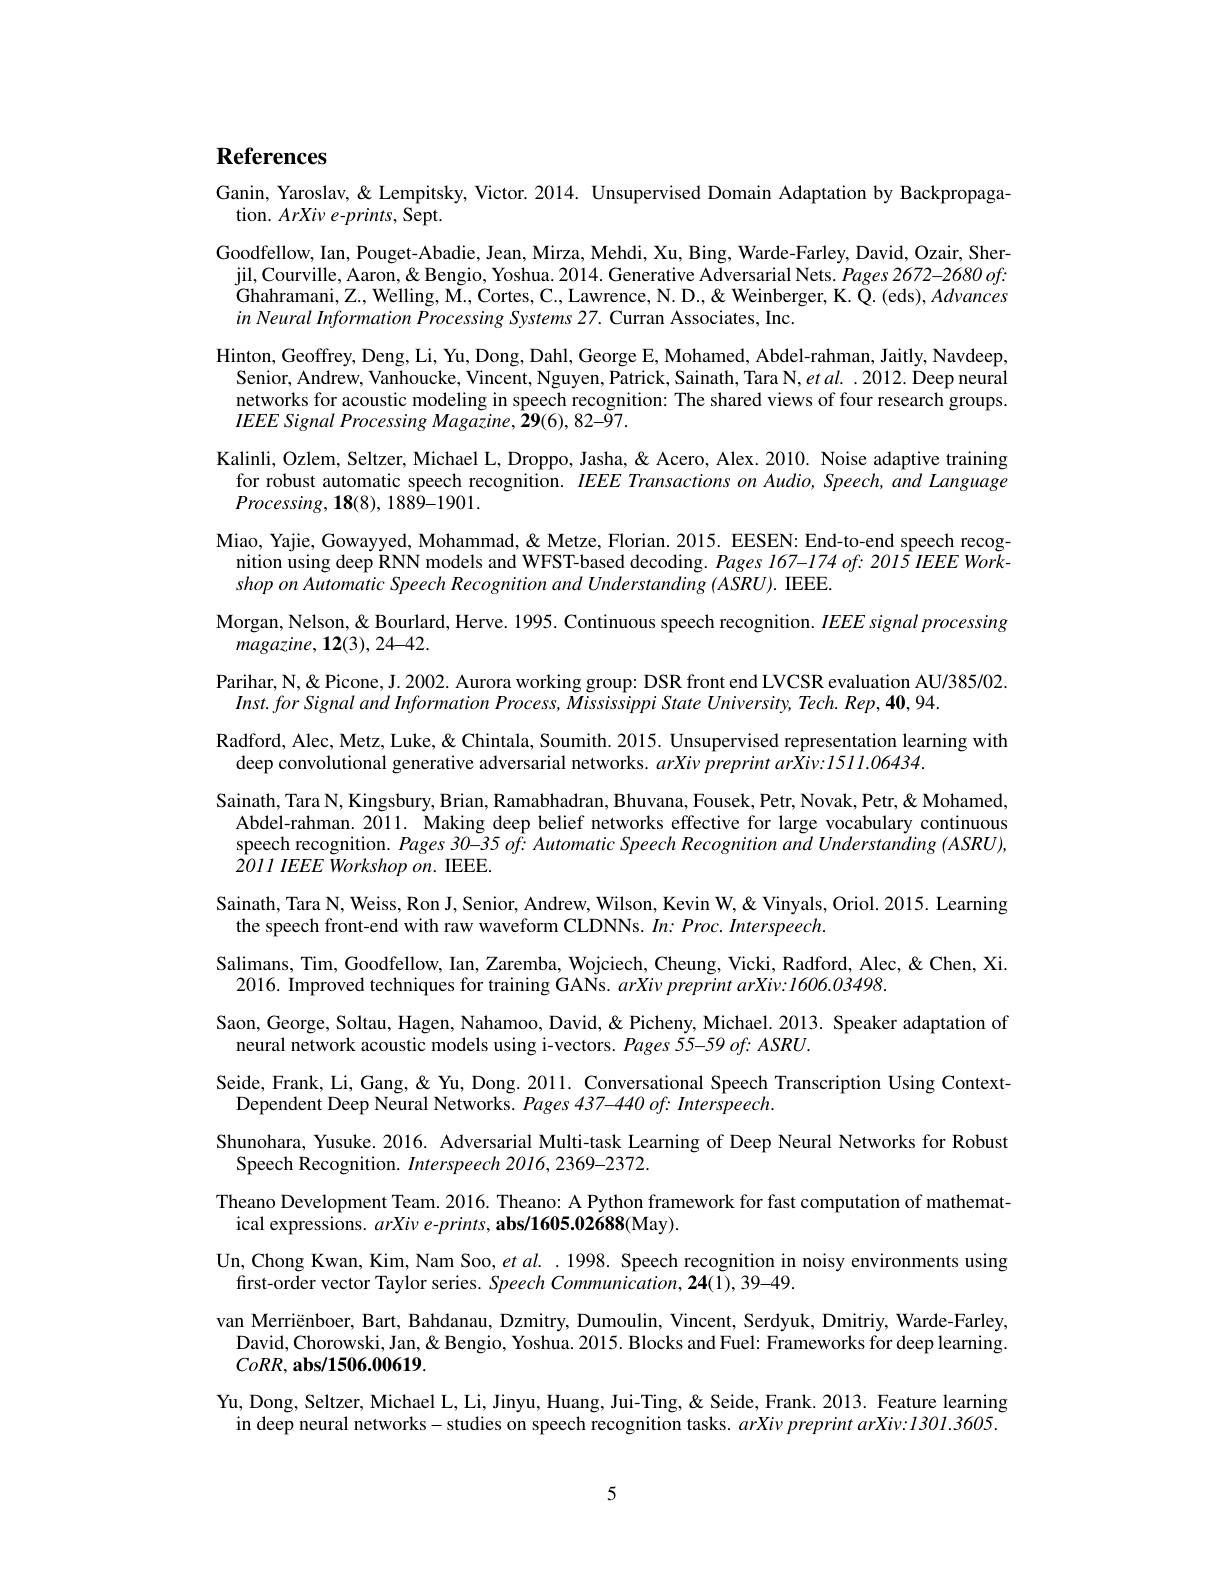
# References

Ganin, Yaroslav, & Lempitsky, Victor. 2014. Unsupervised Domain Adaptation by Backpropaga-
tion. $ArXi\nu e$-prints, Sept.
Goodfellow, Ian, Pouget-Abadie, Jean, Mirza, Mehdi, Xu, Bing, Warde-Farley, David, Ozair, Sher-
jil, Courville, Aaron, & Bengio, Yoshua. 2014. Generative Adversarial Nets. Pages $2672-2680of:$ Ghahramani, Z., Welling, M., Cortes, C., Lawrence, N. D., & Weinberger, K. Q. (eds), Advances in Neural Information Processing Systems 27. Curran Associates, Inc.
Hinton, Geoffrey, Deng, Li, Yu, Dong, Dahl, George E, Mohamed, Abdel-rahman, Jaitly, Navdeep,
Senior, Andrew, Vanhoucke, Vincent, Nguyen, Patrick, Sainath, Tara N, $etal..2012.$ Deep neural networks for acoustic modeling in speech recognition: The shared views of four research groups. IEEE Signal Processing Magazine, 29(6), 82-97.
Kalinli, Ozlem, Seltzer, Michael L, Droppo, Jasha, & Alex. 2010. Noise adaptive training
for robust automatic speech recognition. $IEEE$ Transactions on Audio, Speech, and Language
$Processing,\mathbf{18}(8),1889-1901.$
Miao, Yajie, Gowayyed, Mohammad, & Metze, Florian. 2015. EESEN: End-to-end speech recog-
nition using deep RNN models and WFST-based decoding. Pages 167-174 of: 2015 IEEE Work-
shop on Automatic Speech Recognition and Understanding (ASRU). IEEE.
Morgan, Nelson, & Bourlard, Herve. 1995. Continuous speech recognition. $IEEE$ signal processing
$magazine,12(3),24-42.$
Parihar, N, & & Picone, J. 2002. Aurora working group: DSR front end LVCSR evaluation AU/385/02.
$Inst.forSignalandInformationProcess,MississippiStateUniversity,Tech.Rep,40,94.$
Radford, Alec, Metz, Luke, & Chintala, Soumith. 2015. Unsupervised representation learning with
deep convolutional generative adversarial networks. $arXi\nu\hat{p}reprintar\hat{X}iv:1511.06434.$
Sainath, Tara N, Kingsbury, Brian, Ramabhadran, Bhuvana, Fousek, Petr, Novak, Petr, & Mohamed, Abdel-rahman. 2011. Making deep belief networks effective for large vocabulary continuous speech recognition. Pages 30-35 of: Automatic Speech Recognition and Understanding (ASRU), $2011\textit{IEEE Workshop on. IEEE}.$
Sainath, Tara N, Weiss, Ron J, Senior, Andrew, Wilson, Kevin W, & Vinyals, Oriol. 2015. Learning
the speech front-end with raw waveform CLDNNs. In: Proc. Interspeech.
Salimans, Tim, Goodfellow, Ian, Zaremba, Wojciech, Cheung, Vicki, Radford, Alec, & Chen, Xi.
2016. Improved techniques for training GANs. arXiv preprint arXiv:1606.03498.
Saon, George, Soltau, Hagen, Nahamoo, David, & Picheny, Michael. 2013. Speaker adaptation of
neural network acoustic models using i-vectors. Pages 55-59 of: ASRU.
Seide, Frank, Li, Gang, & Yu, Dong. 2011. Conversational Speech Transcription Using Context-
Dependent Deep Neural Networks. Pages 437-440 of: Interspeech.
Shunohara, Yusuke. 2016. Adversarial Multi-task Learning of Deep Neural Networks for Robust
Speech Recognition. Interspeech 2016, 2369-2372.
Theano Development Team. 2016. Theano: A Python framework for fast computation of mathemat-
ical expressions. arXive-prints, abs/1605.02688(May).
Un, Chong Kwan, Kim, Nam Soo, et al. .1998. Speech recognition in noisy environments using
first-order vector Taylor series. Speech Communication, 24(1), 39-49.
van Merriënboer, Bart, Bahdanau, Dzmitry, Dumoulin, Vincent, Serdyuk, Dmitriy, Warde-Farley, David, Chorowski, Jan, & Bengio, Yoshua. 2015. Blocks and Fuel: Frameworks for deep learning. $CoRR,\mathbf{abs/1506.00619}.$
Yu, Dong, Seltzer, Michael L, Li, Jinyu, Huang, Jui-Ting,& Seide, Frank. 2013. Feature learning in deep neural networks- studies on speech recognition tasks. $arXi\nu \textit{preprint arXiv: 1301. 3605. }$

5